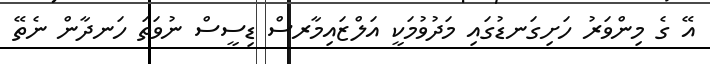
އޭ ގެ މިންވަރު ހަށިގަނޑުގައި މަދުވުމަކީ އަލްޒައިމާރސް ޑިސީސް ނުވަތަ ހަނދާން ނެތޭ